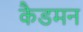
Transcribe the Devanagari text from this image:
कैडमन